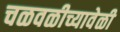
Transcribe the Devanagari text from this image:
चळवळीच्यावेळी